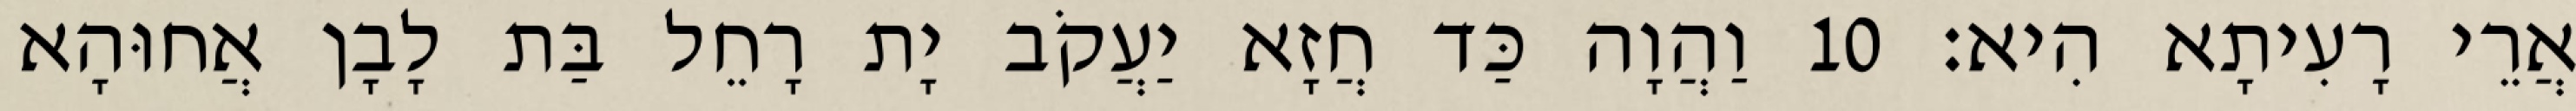
אֲרֵי רָעִיתָא הִיא׃ 10 וַהֲוָה כַּד חֲזָא יַעֲקֹב יָת רָחֵל בַּת לָבָן אֲחוּהָא